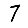
Digit: 7